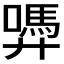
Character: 𭚜